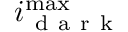
i _ { \mathrm { ~ d ~ a ~ r ~ k ~ } } ^ { \operatorname* { m a x } }